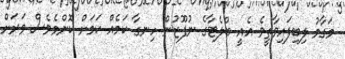
މަގާމު ލިބިފައިވާތީވެ އެއީ ބްލެޓާގެ ނުފޫޒުން ހިނގާ ކަމެއް ކަމަށް ކޮންމެވެސް ވަރަށް